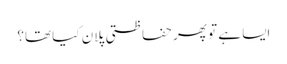
ایسا ہے تو پھر حفاظتی پلان کیا تھا؟